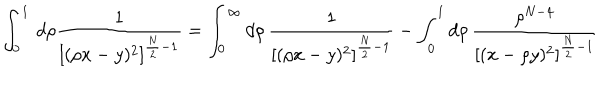
\int _ { 0 } ^ { 1 } \, d \rho \frac { 1 } { [ ( \rho x - y ) ^ { 2 } ] ^ { \frac { N } { 2 } - 1 } } = \int _ { 0 } ^ { \infty } d \rho \, \frac { 1 } { [ ( \rho x - y ) ^ { 2 } ] ^ { \frac { N } { 2 } - 1 } } - \int _ { 0 } ^ { 1 } d \rho \, \frac { \rho ^ { N - 4 } } { [ ( x - \rho y ) ^ { 2 } ] ^ { \frac { N } { 2 } - 1 } }